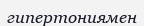
гипертониямен